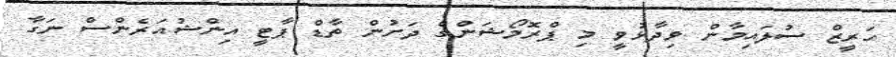
ހަރީޒް ސުލައިމާން ވިދާޅުވީ މި ޕްރޮމޯޝަންގެ ދަށުން ތާޑް ޕާޓީ އިންޝުއަރެންސް ނަގާ